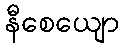
နီစေယျော